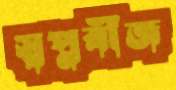
স্বপ্নবীজ